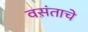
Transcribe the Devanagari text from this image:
वसंताचे